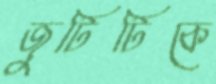
জুটিটিকে